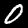
Digit: 0